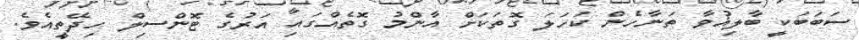
ސަބަބަކީ ބާލިޣުވާ ތަނާހެން ކަހަލަ ގޮތަކަށް އާންމު ގޮތެއްގައި އަރުގެ ޓޮންސިލް ހިދޭތީއެވެ.